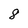
Character: 8